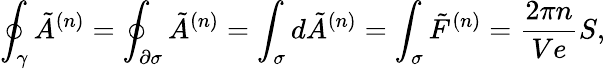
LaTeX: \oint_{\gamma}\tilde{A}^{(n)}=\oint_{\partial\sigma}\tilde{A}^{(n)}=\int_{\sigma}d\tilde{A}^{(n)}=\int_{\sigma}\tilde{F}^{(n)}=\frac{2\pi n}{Ve}S,